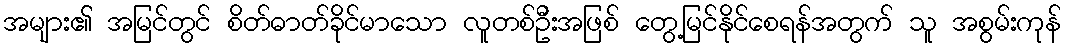
အများ၏ အမြင်တွင် စိတ်ဓာတ်ခိုင်မာသော လူတစ်ဦးအဖြစ် တွေ့မြင်နိုင်စေရန်အတွက် သူ အစွမ်းကုန်